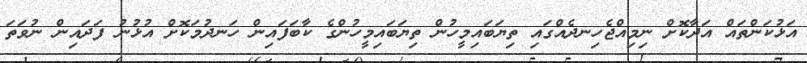
އަޅުކަންތައް އަދާކޮށް ނިމިއްޖެހިނދެއްގައި ތިޔަބައިމީހުން ތިޔަބައިމީހުންގެ ކާބަފައިން ހަނދުމަކޮށް އުޅުނު ފަދައިން ނުވަތަ